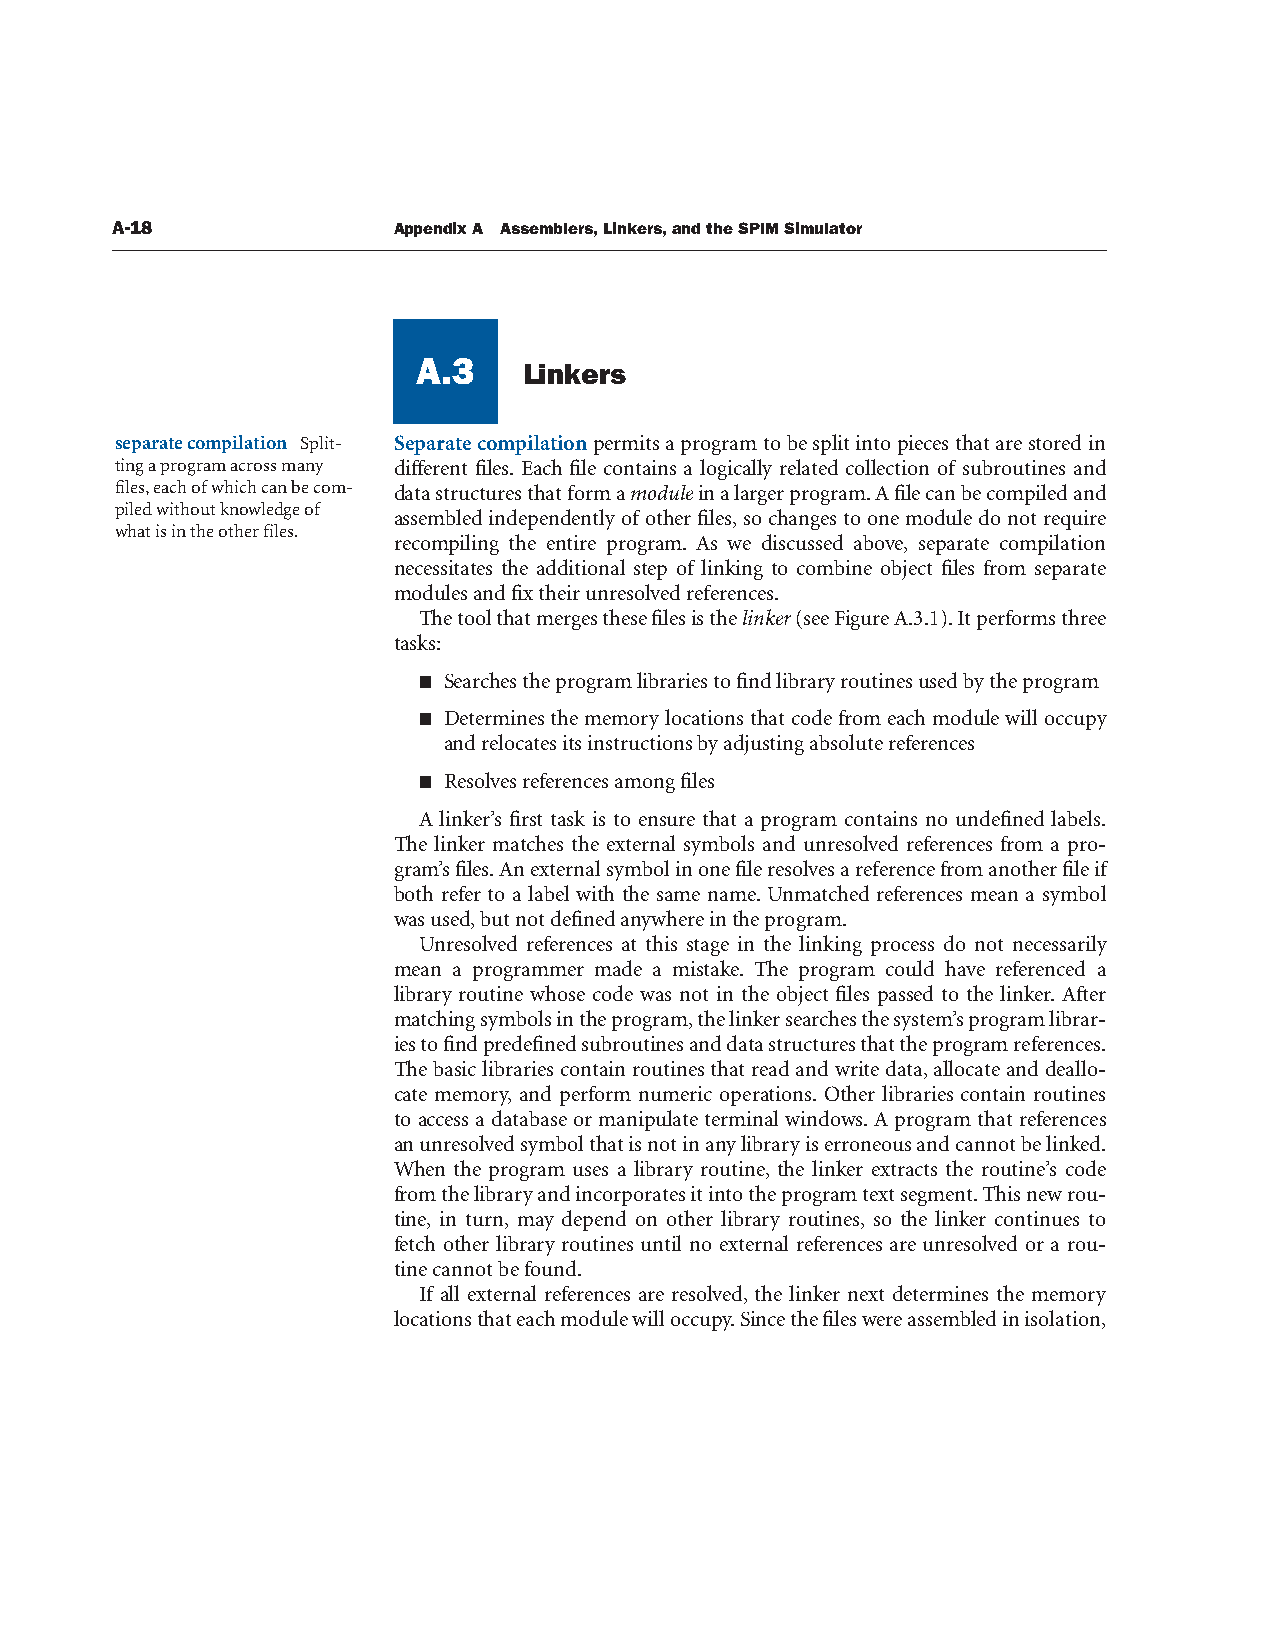
A-18               Appendix A Assemblers, Linkers, and the SPIM Simulator
 A.3
 Linkers
 A.3
 separate compilation Split- Separate compilation permits a program to be split into pieces that are stored in
 ting a program across many different files. Each file contains a logically related collection of subroutines and
 files, each of which can be com- data structures that form a module in a larger program. A file can be compiled and
 piled without knowledge of
 assembled independently of other files, so changes to one module do not require
 what is in the other files.
 recompiling the entire program. As we discussed above, separate compilation
 necessitates the additional step of linking to combine object files from separate
 modules and fix their unresolved references.
 The tool that merges these files is the linker (see Figure A.3.1). It performs three
 tasks:
 ■ Searches the program libraries to find library routines used by the program
 ■ Determines the memory locations that code from each module will occupy
 and relocates its instructions by adjusting absolute references
 ■ Resolves references among files
 A linker’s first task is to ensure that a program contains no undefined labels.
 The linker matches the external symbols and unresolved references from a pro-
 gram’s files. An external symbol in one file resolves a reference from another file if
 both refer to a label with the same name. Unmatched references mean a symbol
 was used, but not defined anywhere in the program.
 Unresolved references at this stage in the linking process do not necessarily
 mean a programmer made a mistake. The program could have referenced a
 library routine whose code was not in the object files passed to the linker. After
 matching symbols in the program, the linker searches the system’s program librar-
 ies to find predefined subroutines and data structures that the program references.
 The basic libraries contain routines that read and write data, allocate and deallo-
 cate memory, and perform numeric operations. Other libraries contain routines
 to access a database or manipulate terminal windows. A program that references
 an unresolved symbol that is not in any library is erroneous and cannot be linked.
 When the program uses a library routine, the linker extracts the routine’s code
 from the library and incorporates it into the program text segment. This new rou-
 tine, in turn, may depend on other library routines, so the linker continues to
 fetch other library routines until no external references are unresolved or a rou-
 tine cannot be found.
 If all external references are resolved, the linker next determines the memory
 locations that each module will occupy. Since the files were assembled in isolation,